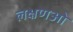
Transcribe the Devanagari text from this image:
लक्षणओ